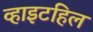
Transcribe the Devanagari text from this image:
व्हाइटहिल